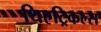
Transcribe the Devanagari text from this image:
थिएट्रिकल्स